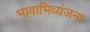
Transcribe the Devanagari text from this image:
भावाभिव्यंजना